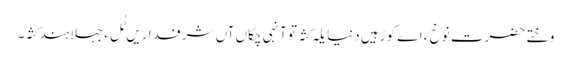
وختے حضرت نوحؑ ءَ اے کوڑہیں دنیا یلہ کثہ تو آنہی چکاں آں شرفداریں ٹُل ءِ جہلا ہند کثہ۔